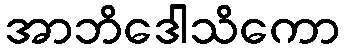
အာဘိဒေါသိကော